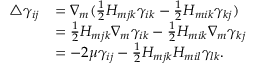
\begin{array} { r l } { \triangle \gamma _ { i j } } & { = \nabla _ { m } ( \frac { 1 } { 2 } H _ { m j k } \gamma _ { i k } - \frac { 1 } { 2 } H _ { m i k } \gamma _ { k j } ) } \\ & { = \frac { 1 } { 2 } H _ { m j k } \nabla _ { m } \gamma _ { i k } - \frac { 1 } { 2 } H _ { m i k } \nabla _ { m } \gamma _ { k j } } \\ & { = - 2 \mu \gamma _ { i j } - \frac { 1 } { 2 } H _ { m j k } H _ { m i l } \gamma _ { l k } . } \end{array}